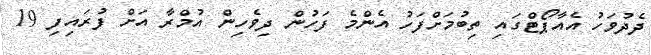
ދެދުވަހު އެއާޕޯޓްގައި ތިބުމަށްފަހު އެންމެ ފަހުން ދިވެހިން އުމްރާ އަށް ފުރައިފި 19